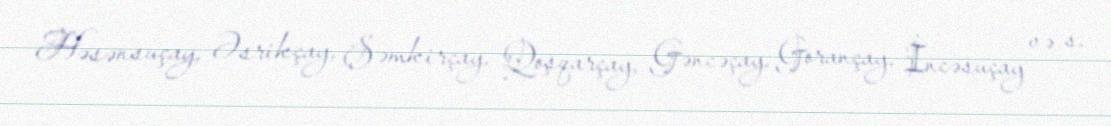
Həsənsuçay, Əsrikçay, Şəmkirçay, Qoşqarçay, Gəncəçay, Gorançay, İncəsuçay və s.